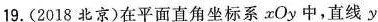
19. (2018北京)在平面直角坐标系 xOy中，直线 $$y